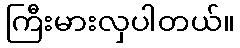
ကြီးမားလှပါတယ်။